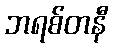
ဘရစ်တနီ